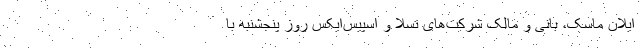
ایلان ماسک، بانی و مالک شرکت‌های تسلا و اسپیس‌ایکس روز پنجشنبه با